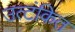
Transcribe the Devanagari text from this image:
उत्टंकित